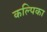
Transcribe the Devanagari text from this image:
कल्पिका